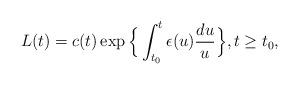
LaTeX: \begin{align*}L(t)= c(t) \exp\Big\{\int_{t_0}^t \epsilon(u) \frac{du}{u}\Big\},t\geq t_0,\end{align*}